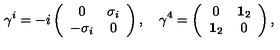
\gamma ^ { i } = - i \left( \begin{array} { c c } { 0 } & { \sigma _ { i } } \\ { - \sigma _ { i } } & { 0 } \\ \end{array} \right) , \quad \gamma ^ { 4 } = \left( \begin{array} { c c } { 0 } & { { \bf 1 } _ { 2 } } \\ { { \bf 1 } _ { 2 } } & { 0 } \\ \end{array} \right) ,